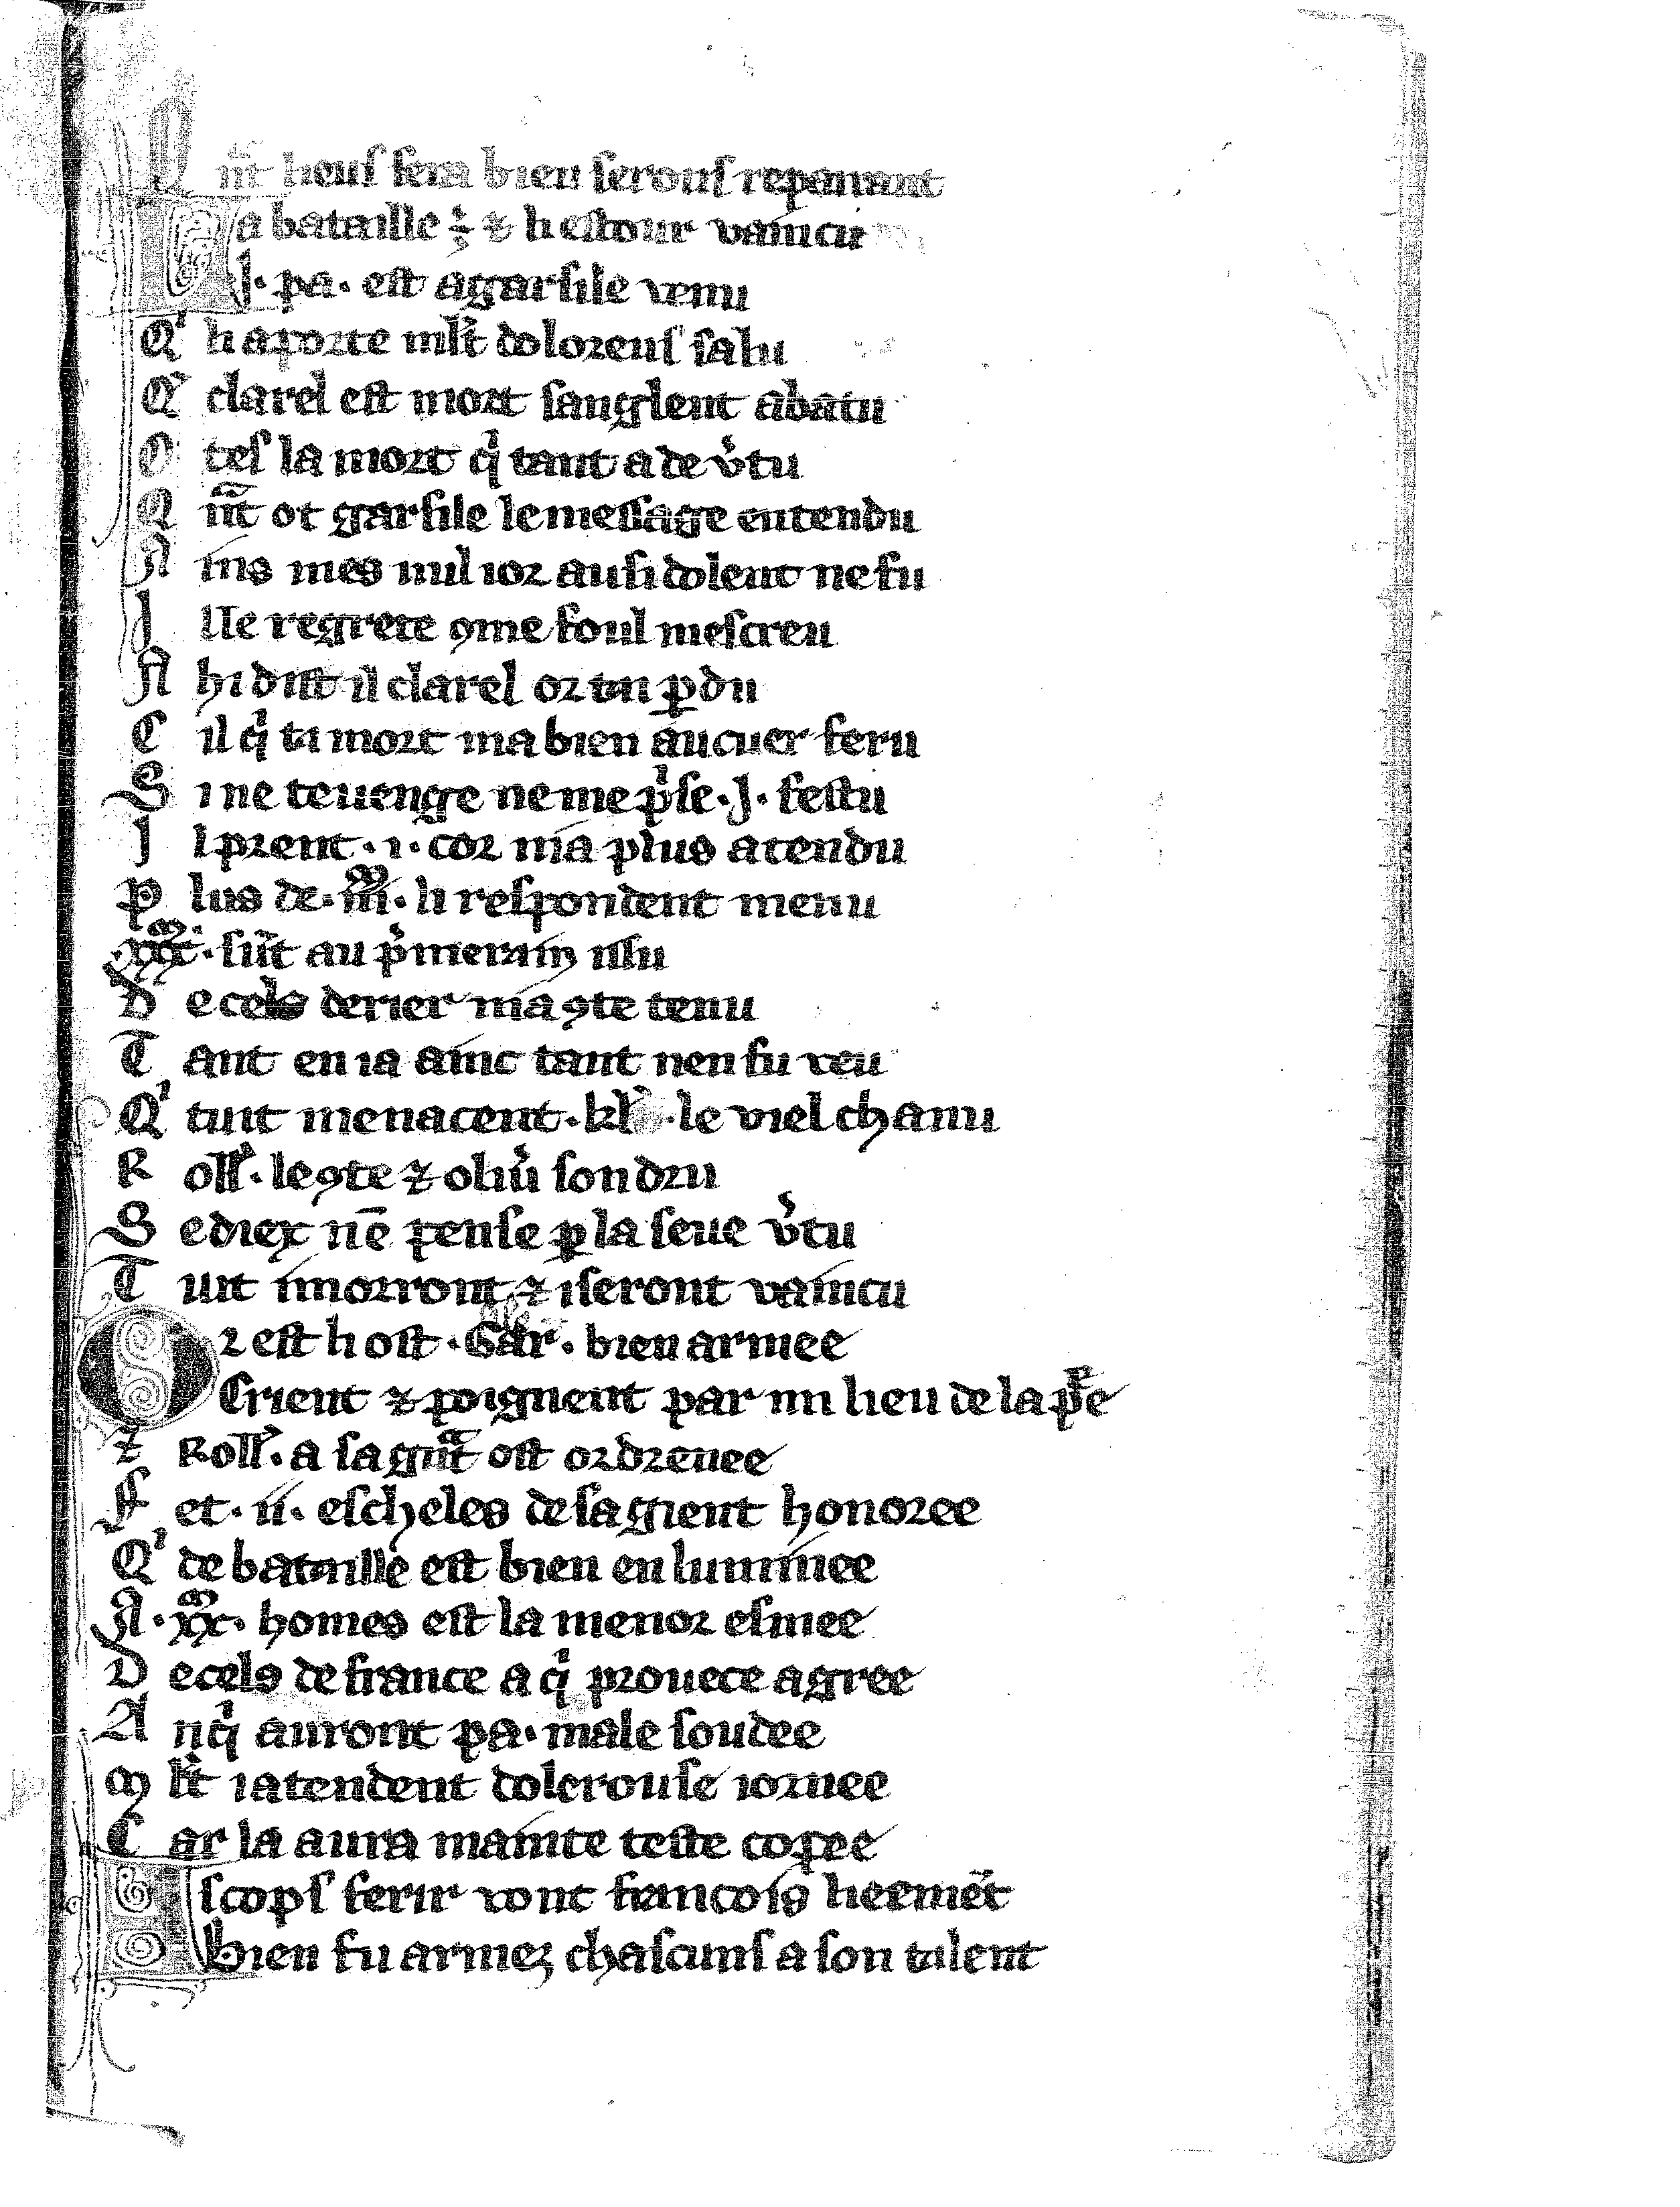
Shelfmark: Vatican, Biblioteca apostolica vaticana, Reg.lat. 1616
Century: 14